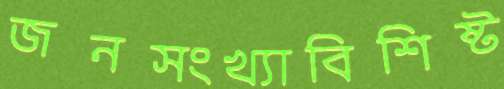
জনসংখ্যাবিশিষ্ট